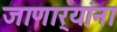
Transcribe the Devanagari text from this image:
जाणार्‍यांना